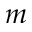
m